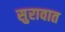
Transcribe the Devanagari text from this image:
सुरावात